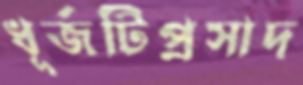
ধূর্জটিপ্রসাদ